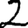
Digit: 2